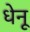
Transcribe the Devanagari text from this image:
धेनू